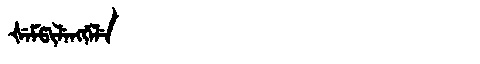
Manchu: ᡧᡝᠮᡦᡳᠯᡝᠩᡤᡝᠯᡝ
Romanization: ŠEMPILENGGELE